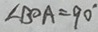
\angle B O A = 9 0 ^ { \circ }